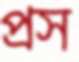
প্রস